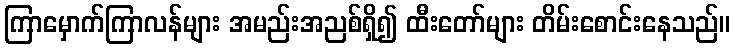
ကြာမှောက်ကြာလန်များ အမည်းအညစ်ရှိ၍ ထီးတော်များ တိမ်းစောင်းနေသည်။